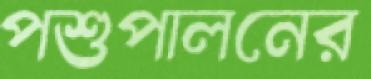
পশুপালনের